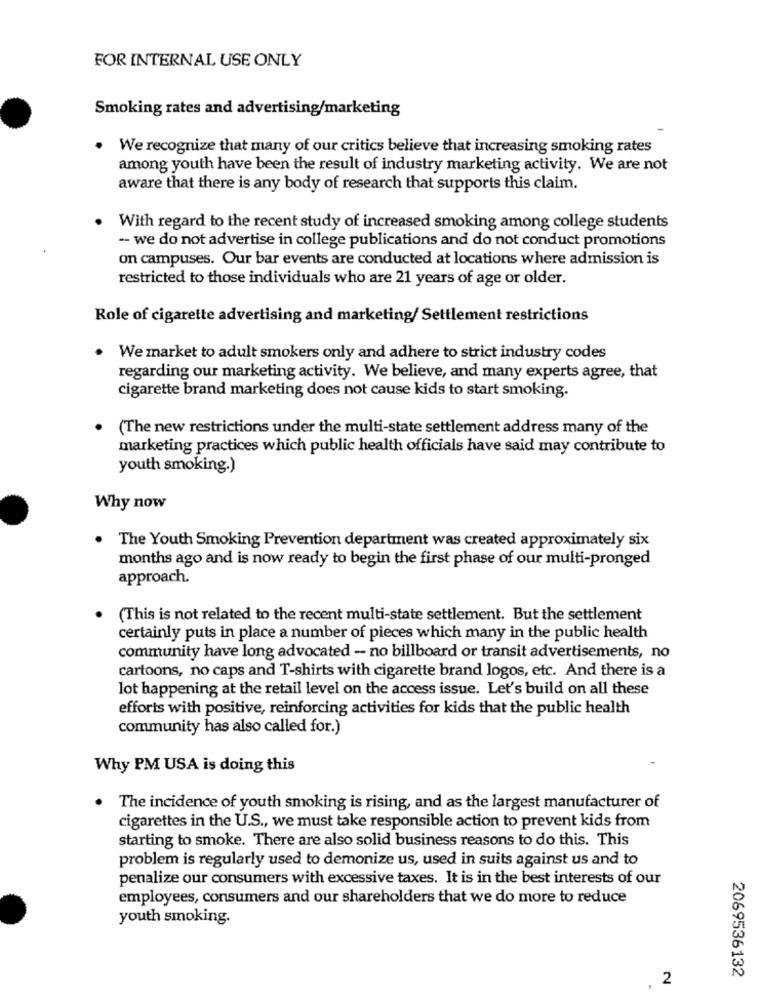
FOR INTERNAL USE ONLY
Smoking rates and advertising/marketing
We recognize that many of our critics believe that increasing smoking rates
among youth have been the result of industry marketing activity. We are not
aware that there is any body of research that supports this claim.
With regard to the recent study of increased smoking among college students
-- we do not advertise in college publications and do not conduct promotions
on campuses. Our bar events are conducted at locations where admission is
restricted to those individuals who are 21 years of age or older.
Role of cigarette advertising and marketing/ Settlement restrictions
We market to adult smokers only and adhere to strict industry codes
regarding our marketing activity. We believe, and many experts agree, that
cigarette brand marketing does not cause kids to start smoking.
(The new restrictions under the multi-state settlement address many of the
marketing practices which public health officials have said may contribute to
youth smoking.)
Why now
The Youth Smoking Prevention department was created approximately six
months ago and is now ready to begin the first phase of our multi-pronged
approach.
(This is not related to the recent multi-state settlement. But the settlement
certainly puts in place a number of pieces which many in the public health
community have long advocated - no billboard or transit advertisements, no
cartoons, no caps and T-shirts with cigarette brand logos, etc. And there is a
lot happening at the retail level on the access issue. Let's build on all these
efforts with positive, reinforcing activities for kids that the public health
community has also called for.)
Why PM USA is doing this
The incidence of youth smoking is rising, and as the largest manufacturer of
cigarettes in the U.S ., we must take responsible action to prevent kids from
starting to smoke. There are also solid business reasons to do this. This
problem is regularly used to demonize us, used in suits against us and to
penalize our consumers with excessive taxes. It is in the best interests of our
employees, consumers and our shareholders that we do more to reduce
youth smoking.
2069536132
2